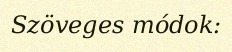
Szöveges módok: